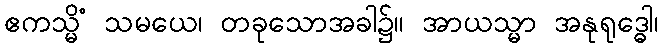
ဧကသ္မိံ သမယေ၊ တခုသောအခါ၌။ အာယသ္မာ အနုရုဒ္ဓေါ၊